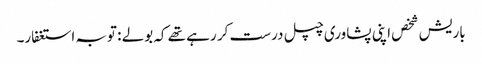
باریش شخص اپنی پشاوری چپل درست کر رہے تھے کہ بولے : توبہ استغفار۔